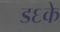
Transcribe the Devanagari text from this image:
ड६के